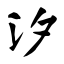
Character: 汐